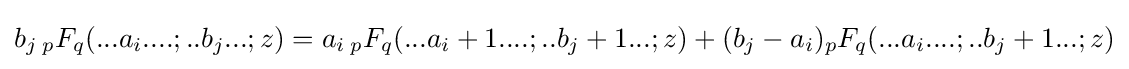
b_{j}\,{}_{p}F_{q}(...a_{i}....;..b_{j}...;z)=a_{i}\,{}_{p}F_{q}(...a_{i}+1....;..b_{j}+1...;z)+(b_{j}-a_{i}){}_{p}F_{q}(...a_{i}....;..b_{j}+1...;z)